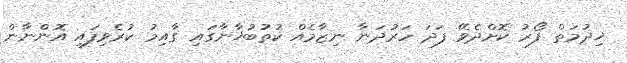
ޚިދުމަތް ފޯރު ކޮށްދެވޭ ފަދަ ހަރުދަނާ ނިޒާމެއް ކުތުބުޚާނާގައި ގާއިމު ކުރެވިފައި އޮންނާން